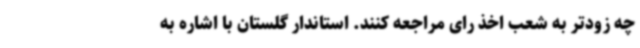
چه زودتر به شعب اخذ رای مراجعه کنند. استاندار گلستان با اشاره به